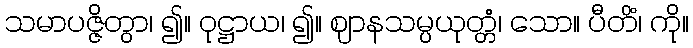
သမာပဇ္ဇိတွာ၊ ၍။ ဝုဋ္ဌာယ၊ ၍။ ဈာနသမ္ပယုတ္တံ၊ သော။ ပီတိံ၊ ကို။